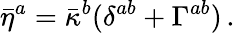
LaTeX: \bar{\eta}^{a}=\bar{\kappa}^{b}(\delta^{ab}+\Gamma^{ab})\, .